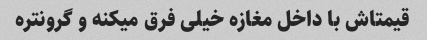
قیمتاش با داخل مغازه خیلی فرق میکنه و گرونتره